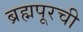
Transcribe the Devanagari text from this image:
ब्रह्मपूरची